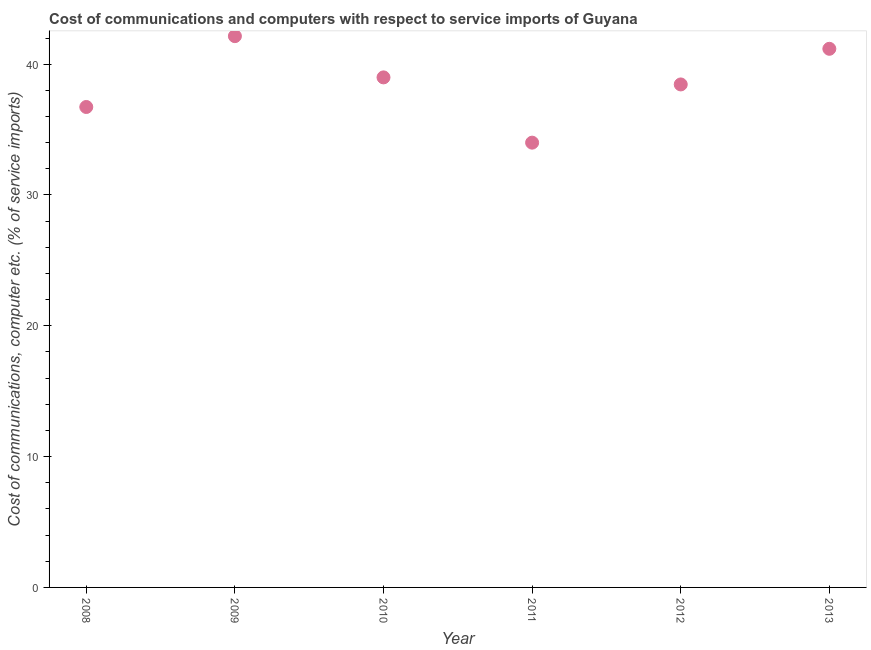
| Year | Communications |
 | --- | --- |
 | 2008 | 36.7 |
 | 2009 | 42.1 |
 | 2010 | 39 |
 | 2011 | 34 |
 | 2012 | 38.5 |
 | 2013 | 41.2 |